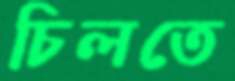
চিলতে